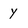
Character: y